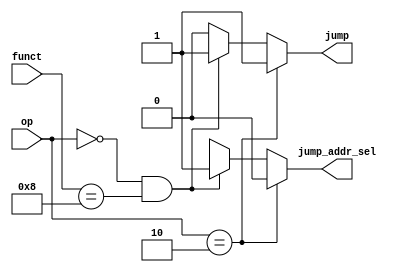
`timescale 1ns / 1ps
/*
 * Description:
 *
 * Dependencies:
 *
 * Revision:
 *
 */

module jump_detect(
	output reg jump_addr_sel, jump,
	input [5:0] op, funct
    );

	parameter j = 6'b000010;
	parameter jr_op = 6'b000000;
	parameter jr_funct = 6'b001000;

	always @ (*)
		if (op == j)
		begin
			jump = 1'b1;
			jump_addr_sel = 1'b0;
		end
		else if (op == jr_op && funct == jr_funct)
		begin
			jump = 1'b1;
			jump_addr_sel = 1'b1;
		end
		else
		begin
			jump = 1'b0;
			jump_addr_sel = 1'bx;
		end

endmodule